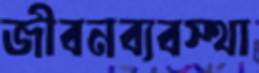
জীবনব্যবস্থা